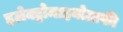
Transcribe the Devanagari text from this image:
इलेक्ट्रोमाइयोग्राफी